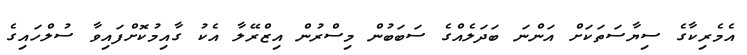
އެމެރިކާގެ ސިޔާސަތަކަށް އަންނަ ބަދަލެއްގެ ސަބަބުން މިސްރުން އިޒްރޭލާ އެކު ގާއިމުކޮށްފައިވާ ސުލްހައިގެ